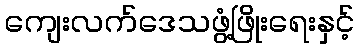
ကျေးလက်ဒေသဖွံ့ဖြိုးရေးနှင့်